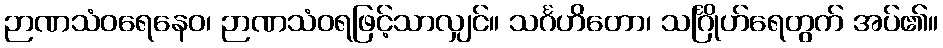
ဉာဏသံဝရေနေဝ၊ ဉာဏသံဝရဖြင့်သာလျှင်။ သင်္ဂဟိတော၊ သင်္ဂြိုဟ်ရေတွက် အပ်၏။